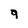
Character: 9